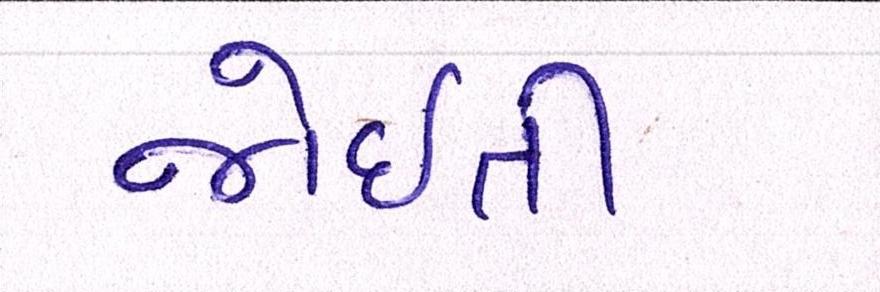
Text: જોઈતી